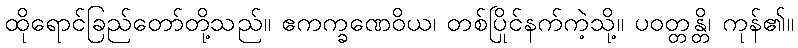
ထိုရောင်ခြည်တော်တို့သည်။ ဧကက္ခဏေဝိယ၊ တစ်ပြိုင်နက်ကဲ့သို့။ ပဝတ္တန္တိ၊ ကုန်၏။